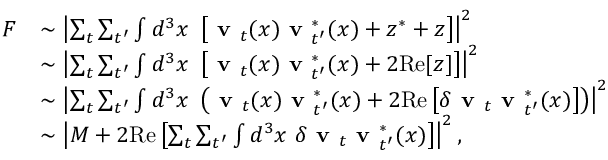
\begin{array} { r l } { F } & { \sim \left| \sum _ { t } \sum _ { t ^ { \prime } } \int d ^ { 3 } x \ \left[ \textbf { v } _ { t } ( x ) \textbf { v } _ { t ^ { \prime } } ^ { * } ( x ) + z ^ { * } + z \right] \right| ^ { 2 } } \\ & { \sim \left| \sum _ { t } \sum _ { t ^ { \prime } } \int d ^ { 3 } x \ \left[ \textbf { v } _ { t } ( x ) \textbf { v } _ { t ^ { \prime } } ^ { * } ( x ) + 2 \mathrm { R e } [ z ] \right] \right| ^ { 2 } } \\ & { \sim \left| \sum _ { t } \sum _ { t ^ { \prime } } \int d ^ { 3 } x \ \left( \textbf { v } _ { t } ( x ) \textbf { v } _ { t ^ { \prime } } ^ { * } ( x ) + 2 \mathrm { R e } \left[ \delta \textbf { v } _ { t } \textbf { v } _ { t ^ { \prime } } ^ { * } ( x ) \right] \right) \right| ^ { 2 } } \\ & { \sim \left| M + 2 \mathrm { R e } \left[ \sum _ { t } \sum _ { t ^ { \prime } } \int d ^ { 3 } x \ \delta \textbf { v } _ { t } \textbf { v } _ { t ^ { \prime } } ^ { * } ( x ) \right] \right| ^ { 2 } , } \end{array}